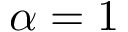
\alpha = 1